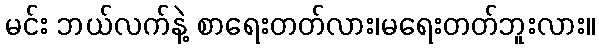
မင်း ဘယ်လက်နဲ့ စာရေးတတ်လား၊မရေးတတ်ဘူးလား။